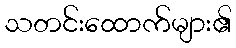
သတင်းထောက်များ၏